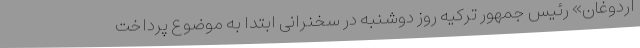
اردوغان» رئیس جمهور ترکیه روز دوشنبه در سخنرانی ابتدا به موضوع پرداخت